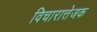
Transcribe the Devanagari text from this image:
विचारात्तेजक